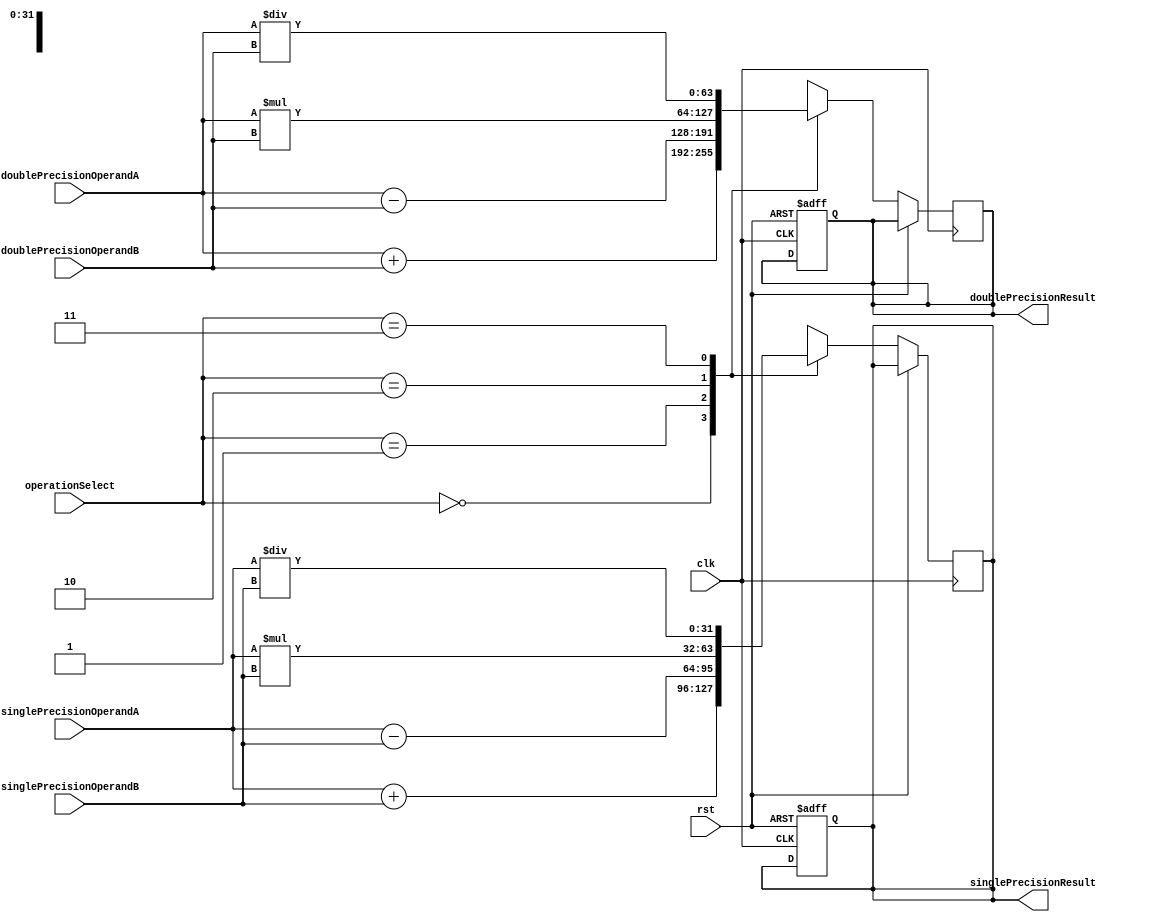
module MixedPrecisionFloatingPointUnit (
    input wire [31:0] singlePrecisionOperandA,
    input wire [31:0] singlePrecisionOperandB,
    input wire [63:0] doublePrecisionOperandA,
    input wire [63:0] doublePrecisionOperandB,
    input wire [1:0] operationSelect, // 00: addition, 01: subtraction, 10: multiplication, 11: division
    input wire clk,
    input wire rst,
    output reg [31:0] singlePrecisionResult,
    output reg [63:0] doublePrecisionResult
);

reg [31:0] singlePrecisionTempResult;
reg [63:0] doublePrecisionTempResult;

always @(posedge clk or posedge rst) begin
    if (rst) begin
        singlePrecisionResult <= 0;
        doublePrecisionResult <= 0;
    end else begin
        case(operationSelect)
            2'b00: // addition
                begin
                    singlePrecisionTempResult <= singlePrecisionOperandA + singlePrecisionOperandB;
                    doublePrecisionTempResult <= doublePrecisionOperandA + doublePrecisionOperandB;
                end
            2'b01: // subtraction
                begin
                    singlePrecisionTempResult <= singlePrecisionOperandA - singlePrecisionOperandB;
                    doublePrecisionTempResult <= doublePrecisionOperandA - doublePrecisionOperandB;
                end
            2'b10: // multiplication
                begin
                    singlePrecisionTempResult <= singlePrecisionOperandA * singlePrecisionOperandB;
                    doublePrecisionTempResult <= doublePrecisionOperandA * doublePrecisionOperandB;
                end
            2'b11: // division
                begin
                    singlePrecisionTempResult <= singlePrecisionOperandA / singlePrecisionOperandB;
                    doublePrecisionTempResult <= doublePrecisionOperandA / doublePrecisionOperandB;
                end
        endcase
    end
end

assign singlePrecisionResult = singlePrecisionTempResult;
assign doublePrecisionResult = doublePrecisionTempResult;

endmodule